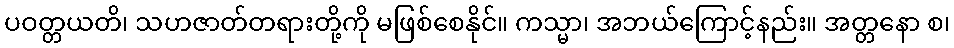
ပဝတ္တယတိ၊ သဟဇာတ်တရားတို့ကို မဖြစ်စေနိုင်။ ကသ္မာ၊ အဘယ်ကြောင့်နည်း။ အတ္တနော စ၊